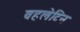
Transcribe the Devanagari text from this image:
वहलेटिन